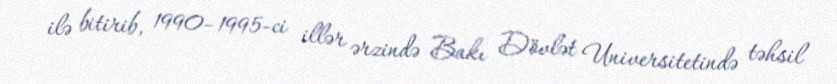
ilə bitirib, 1990–1995-ci illər ərzində Bakı Dövlət Universitetində təhsil